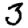
Digit: 3